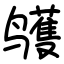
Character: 鹱